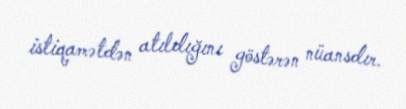
istiqamətdən atıldığını göstərən nüansdır.